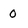
Character: 0